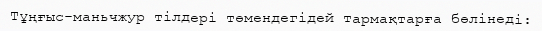
Тұңғыс-маньчжур тілдері төмендегідей тармақтарға бөлінеді: